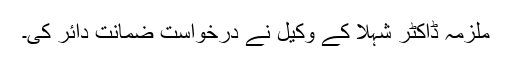
ملزمہ ڈاکٹر شہلا کے وکیل نے درخواست ضمانت دائر کی۔